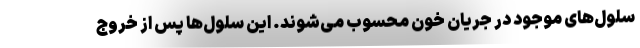
سلول‌های موجود در جریان خون محسوب می‌شوند. این سلول‌ها پس از خروج